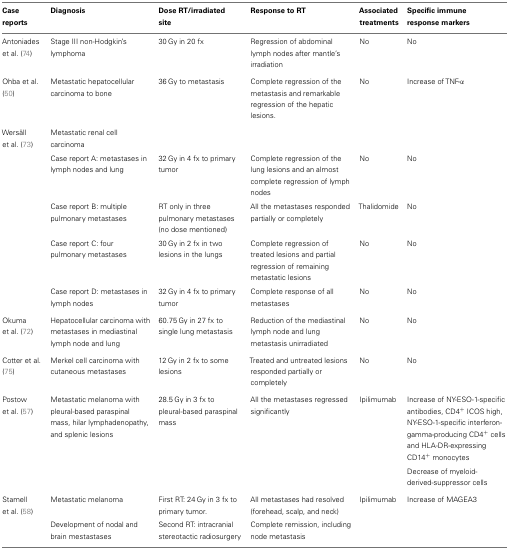
| Case reports | Diagnosis | Dose RT/irradiated site | Response to RT | Associated treatments | Specific immune response markers |
 | --- | --- | --- | --- | --- | --- |
 | Antoniades et al. (74) | Stage III non-Hodgkin’s lymphoma | 30 Gy in 20 fx | Regression of abdominal lymph nodes after mantle’s irradiation | No | No |
 | Ohba et al. (50) | Metastatic hepatocellular carcinoma to bone | 36 Gy to metastasis | Complete regression of the metastasis and remarkable regression of the hepatic lesions. | No | Increase of TNF-α |
 | Wersäll et al. (73) | Metastatic renal cell carcinoma |  |  |  |  |
 |  | Case report A: metastases in lymph nodes and lung | 32 Gy in 4 fx to primary tumor | Complete regression of the lung lesions and an almost complete regression of lymph nodes | No | No |
 |  | Case report B: multiple pulmonary metastases | RT only in three pulmonary metastases (no dose mentioned) | All the metastases responded partially or completely | Thalidomide | No |
 |  | Case report C: four pulmonary metastases | 30 Gy in 2 fx in two lesions in the lungs | Complete regression of treated lesions and partial regression of remaining metastatic lesions | No | No |
 |  | Case report D: metastases in lymph nodes | 32 Gy in 4 fx to primary tumor | Complete response of all metastases | No | No |
 | Okuma et al. (72) | Hepatocellular carcinoma with metastases in mediastinal lymph node and lung | 60.75 Gy in 27 fx to single lung metastasis | Reduction of the mediastinal lymph node and lung metastasis unirradiated | No | No |
 | Cotter et al. (75) | Merkel cell carcinoma with cutaneous metastases | 12 Gy in 2 fx to some lesions | Treated and untreated lesions responded partially or completely | No | No |
 | Postow et al. (57) | Metastatic melanoma with pleural-based paraspinal mass, hilar lymphadenopathy, and splenic lesions | 28.5 Gy in 3 fx to pleural-based paraspinal mass | All the metastases regressed significantly | Ipilimumab | Increase of NY-ESO-1-specific antibodies, CD4+ ICOS high, NY-ESO-1-specific interferon-gamma-producing CD4+ cells and HLA-DR-expressing CD14+ monocytes |
 |  |  |  |  |  | Decrease of myeloid-derived-suppressor cells |
 | Stamell et al. (58) | Metastatic melanoma | First RT: 24 Gy in 3 fx to primary tumor. | All metastases had resolved (forehead, scalp, and neck) | Ipilimumab | Increase of MAGEA3 |
 |  | Development of nodal and brain mestastases | Second RT: intracranial stereotactic radiosurgery | Complete remission, including node metastasis |  |